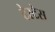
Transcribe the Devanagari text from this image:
टेस्टेस